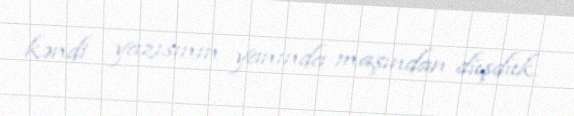
kəndi yazısının yanında maşından düşdük.